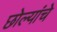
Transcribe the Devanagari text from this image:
छोल्यांचे